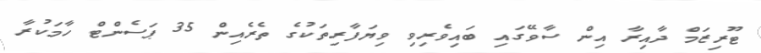
ޓޫރިޒަމް ދާއިރާ އިން ސާވޭގައި ބައިވެރިވި ވިޔަފާރިތަކުގެ ތެރެއިން 35 ޕަސެންޓް ހާމަކުރާ